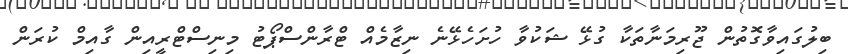
ބިލުގައިވާގޮތުން ޖޫރިމަނާތަކާ ގުޅޭ ޝަކުވާ ހުށަހެޅޭނެ ނިޒާމެއް ޓްރާންސްޕޯޓު މިނިސްޓްރީއިން ގާއިމް ކުރަން